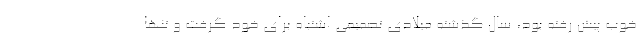
خوب پیش رفته بود، سال گذشته میلادی تصمیمی اشتباه برای خود گرفت و تنها